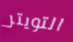
التويتر